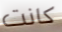
كانت